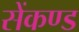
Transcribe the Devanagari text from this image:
सेंकण्ड